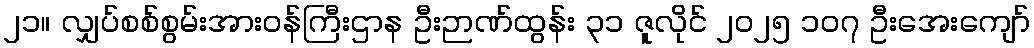
၂၁။ လျှပ်စစ်စွမ်းအားဝန်ကြီးဌာန ဦးဉာဏ်ထွန်း ၃၁ ဇူလိုင် ၂၀၂၅ ၁၀၇ ဦးအေးကျော်